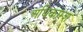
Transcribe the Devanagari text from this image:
अधिकाम्श